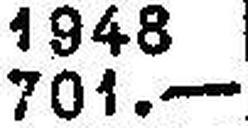
701.—